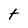
Character: t